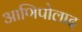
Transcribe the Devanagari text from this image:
आणिपोलाद